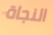
النجاة